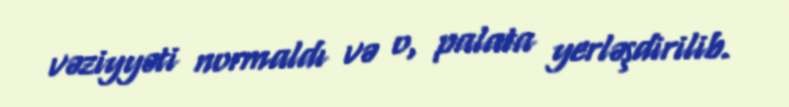
vəziyyəti normaldı və o, palata yerləşdirilib.